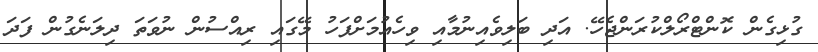
ގުޅިގެން ކޮންޓްރޯލްކުރަންޖެހޭ. އަދި ބަލިވެއިނުމާއި ވިހެއުމަށްފަހު މޭގައި ރިއްސުން ނުވަތަ ދިލަނެގުން ފަދަ